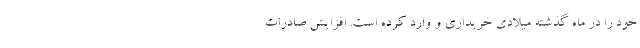
خود را در ماه گذشته میلادی خریداری و وارد کرده است. افزایش صادرات